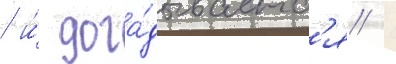
/ и́ дога́дываетс'я /